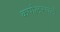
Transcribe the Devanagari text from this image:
कपोलस्थले